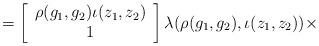
LaTeX: \begin{align*}=\left[\begin{array}{c}\rho(g_1,g_2)\iota(z_1,z_2)\\1\end{array}\right]\lambda(\rho(g_1,g_2),\iota(z_1,z_2))\times\end{align*}